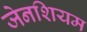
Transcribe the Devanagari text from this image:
जेनशियम